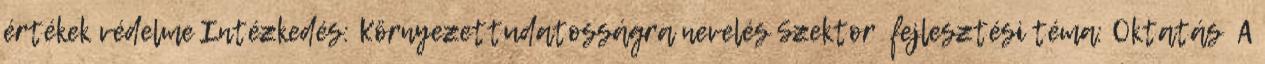
értékek védelme Intézkedés: Környezettudatosságra nevelés Szektor fejlesztési téma: Oktatás ▪A